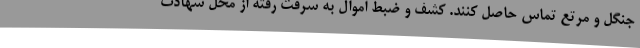
جنگل و مرتع تماس حاصل کنند. کشف و ضبط اموال به سرقت رفته از محل شهادت